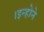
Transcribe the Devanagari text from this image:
।इन्होने